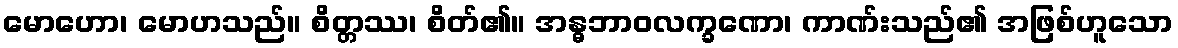
မောဟော၊ မောဟသည်။ စိတ္တဿ၊ စိတ်၏။ အန္ဓဘာဝလက္ခဏော၊ ကာဏ်းသည်၏ အဖြစ်ဟူသော